NAE_ERA_R-2324_Eesti_Vabariigi_Pohiseaduslik_Assamblee, lk 151
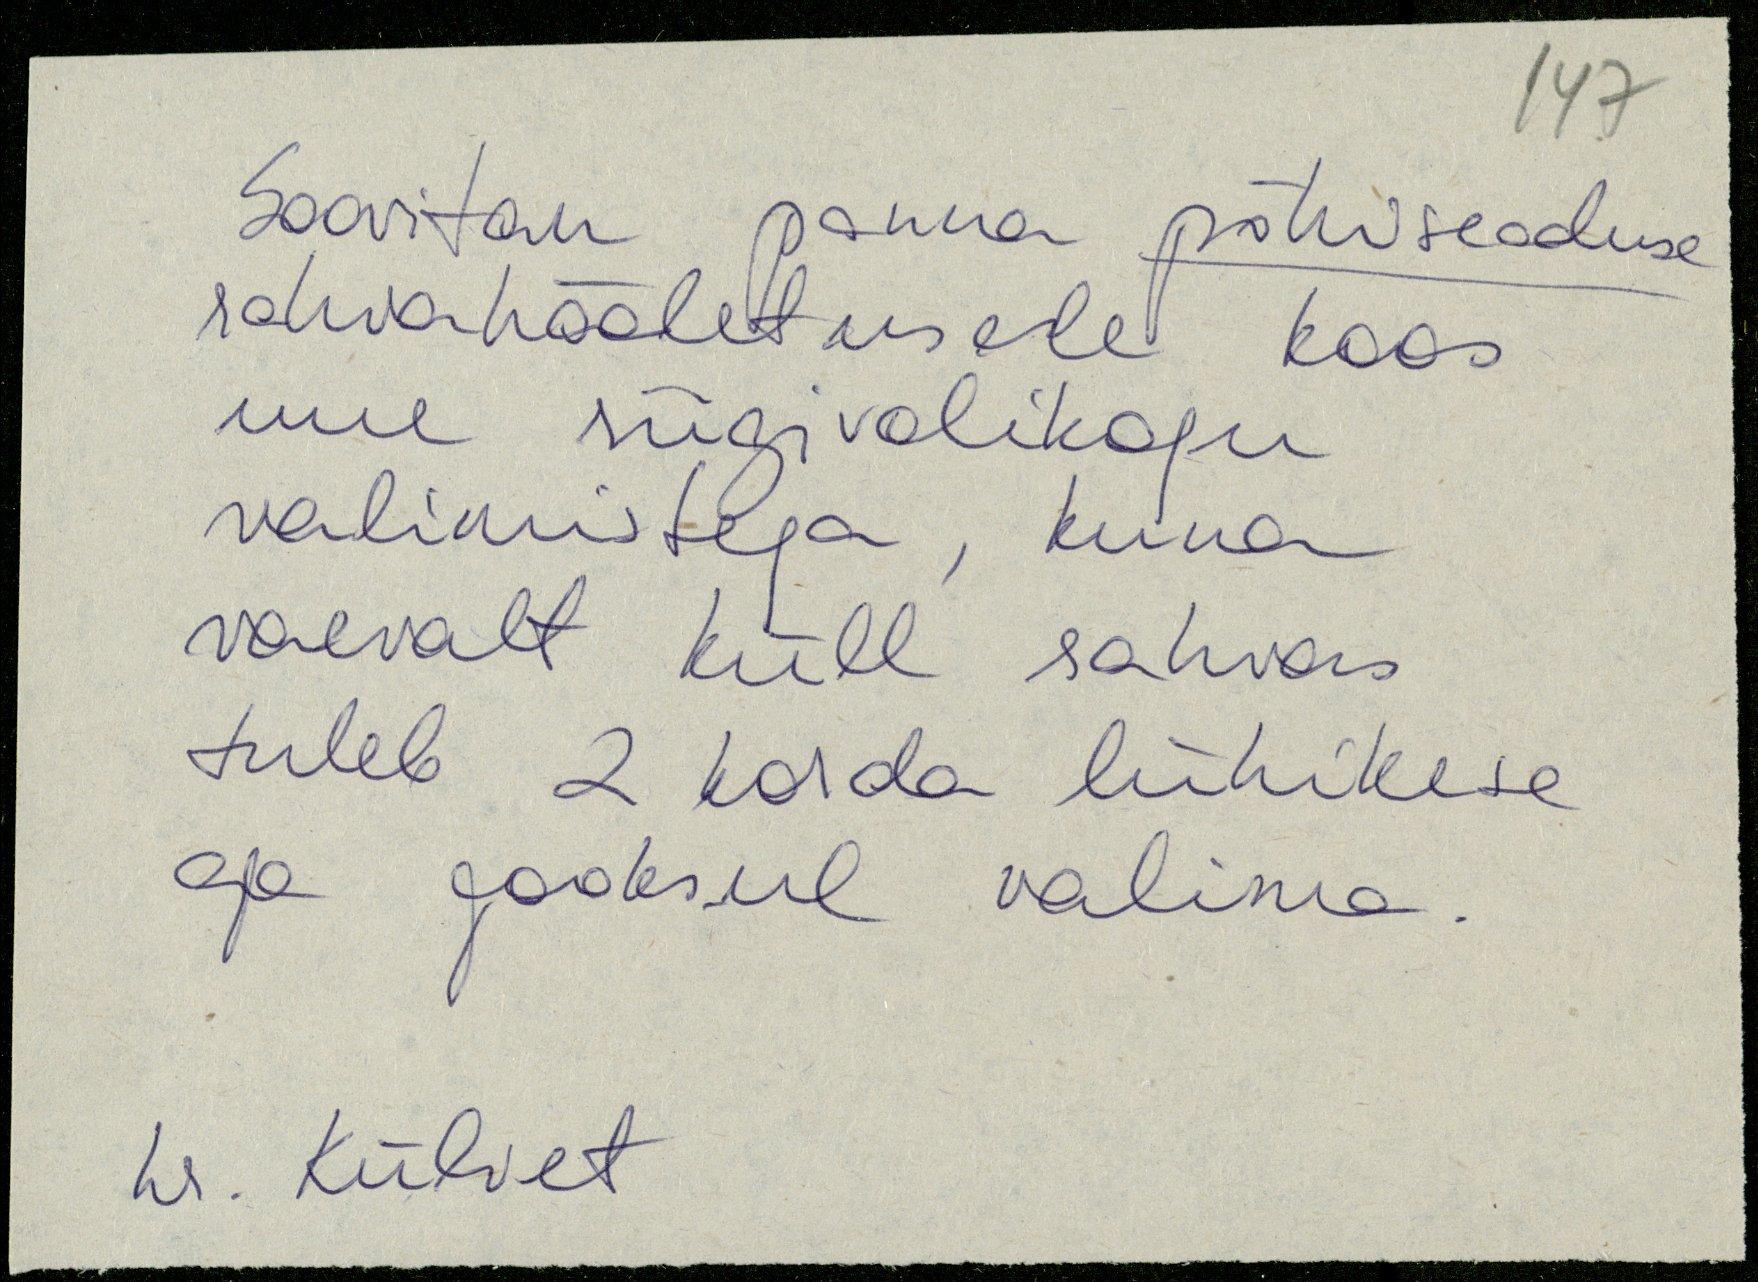
Soovitan panna põhiseaduse
rahvahääletusele koos
uue riigivolikogu
valimistega, kuna
vaevalt küll rahvas
tuleb 2 korda lühikese
aja jooksul valima.
hr. Külvet